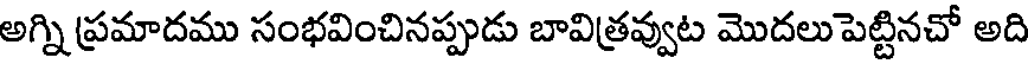
అగ్ని ప్రమాదము సంభవించినప్పుడు బావిత్రవ్వుట మొదలుపెట్టినచో అది